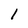
Character: 1